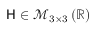
\mathsf { H } \in \mathcal { M } _ { 3 \times 3 } \left( \mathbb { R } \right)